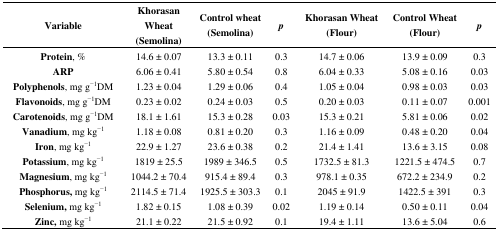
<table><thead><tr><td><b>Variable</b></td><td><b>Khorasan Wheat (Semolina)</b></td><td><b>Control wheat (Semolina)</b></td><td><b><i>p</i></b></td><td><b>Khorasan Wheat (Flour)</b></td><td><b>Control Wheat (Flour)</b></td><td><b><i>p</i></b></td></tr></thead><tbody><tr><td><b>Protein</b>, %</td><td>14.6 ± 0.07</td><td>13.3 ± 0.11</td><td>0.3</td><td>14.7 ± 0.06</td><td>13.9 ± 0.09</td><td>0.3</td></tr><tr><td><b>ARP</b></td><td>6.06 ± 0.41</td><td>5.80 ± 0.54</td><td>0.8</td><td>6.04 ± 0.33</td><td>5.08 ± 0.16</td><td>0.03</td></tr><tr><td><b>Polyphenols</b>, mg g<sup>−1</sup>DM</td><td>1.23 ± 0.04</td><td>1.29 ± 0.06</td><td>0.4</td><td>1.05 ± 0.04</td><td>0.98 ± 0.03</td><td>0.03</td></tr><tr><td><b>Flavonoids</b>, mg g<sup>−1</sup>DM</td><td>0.23 ± 0.02</td><td>0.24 ± 0.03</td><td>0.5</td><td>0.20 ± 0.03</td><td>0.11 ± 0.07</td><td>0.001</td></tr><tr><td><b>Carotenoids</b>, mg g<sup>−1</sup>DM</td><td>18.1 ± 1.61</td><td>15.3 ± 0.28</td><td>0.03</td><td>15.3 ± 0.21</td><td>5.81 ± 0.06</td><td>0.02</td></tr><tr><td><b>Vanadium</b>, mg kg<sup>−1</sup></td><td>1.18 ± 0.08</td><td>0.81 ± 0.20</td><td>0.3</td><td>1.16 ± 0.09</td><td>0.48 ± 0.20</td><td>0.04</td></tr><tr><td><b>Iron</b>, mg kg<sup>−1</sup></td><td>22.9 ± 1.27</td><td>23.6 ± 0.38</td><td>0.2</td><td>21.4 ± 1.41</td><td>13.6 ± 3.15</td><td>0.08</td></tr><tr><td><b>Potassium</b>, mg kg<sup>−1</sup></td><td>1819 ± 25.5</td><td>1989 ± 346.5</td><td>0.5</td><td>1732.5 ± 81.3</td><td>1221.5 ± 474.5</td><td>0.7</td></tr><tr><td><b>Magnesium</b>, mg kg<sup>−1</sup></td><td>1044.2 ± 70.4</td><td>915.4 ± 89.4</td><td>0.3</td><td>978.1 ± 0.35</td><td>672.2 ± 234.9</td><td>0.2</td></tr><tr><td><b>Phosphorus</b>, mg kg<sup>−1</sup></td><td>2114.5 ± 71.4</td><td>1925.5 ± 303.3</td><td>0.1</td><td>2045 ± 91.9</td><td>1422.5 ± 391</td><td>0.3</td></tr><tr><td><b>Selenium</b>, mg kg<sup>−1</sup></td><td>1.82 ± 0.15 </td><td>1.08 ± 0.39</td><td>0.02</td><td>1.19 ± 0.14</td><td>0.50 ± 0.11</td><td>0.04</td></tr><tr><td><b>Zinc</b>, mg kg<sup>−1</sup></td><td>21.1 ± 0.22</td><td>21.5 ± 0.92</td><td>0.1</td><td>19.4 ± 1.11</td><td>13.6 ± 5.04</td><td>0.6</td></tr></tbody></table>